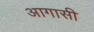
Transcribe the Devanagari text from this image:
आगासी